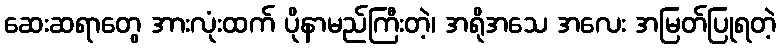
ဆေးဆရာတွေ အားလုံးထက် ပိုနာမည်ကြီးတဲ့၊ အရိုအသေ အလေး အမြတ်ပြုရတဲ့